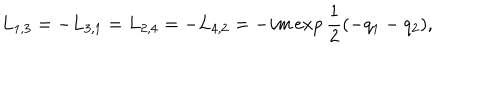
LaTeX: L _ { 1 , 3 } = - L _ { 3 , 1 } = L _ { 2 , 4 } = - L _ { 4 , 2 } = - i m \exp { \frac { 1 } { 2 } } ( - q _ { 1 } - q _ { 2 } ) ,